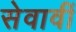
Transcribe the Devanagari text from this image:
सेवावीं